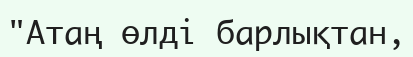
"Атаң өлді барлықтан,